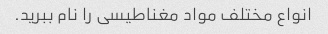
انواع مختلف مواد مغناطیسی را نام ببرید.